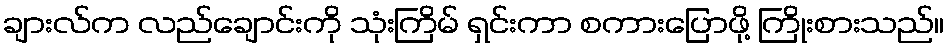
ချားလ်က လည်ချောင်းကို သုံးကြိမ် ရှင်းကာ စကားပြောဖို့ ကြိုးစားသည်။